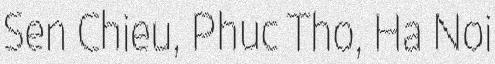
Sen Chieu, Phuc Tho, Ha Noi